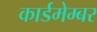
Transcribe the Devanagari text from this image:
कार्डमेम्बर